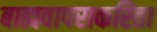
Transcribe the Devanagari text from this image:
बाह्यवापराकरिता